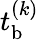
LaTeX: t_{\mathrm{b}}^{(k)}